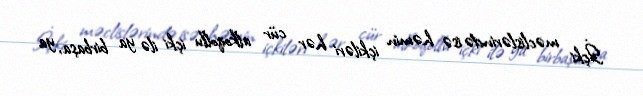
İçki məclislərində isə həmin içkiləri hər cür alkoqollu içki ilə ya birbaşa, ya